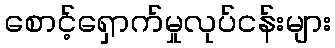
စောင့်ရှောက်မှုလုပ်ငန်းများ